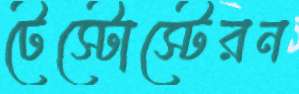
টেস্টোস্টেরন